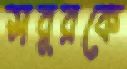
সবুরকে